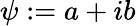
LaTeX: \psi:=a+ib